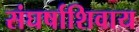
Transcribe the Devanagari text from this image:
संघर्षाशिवाय